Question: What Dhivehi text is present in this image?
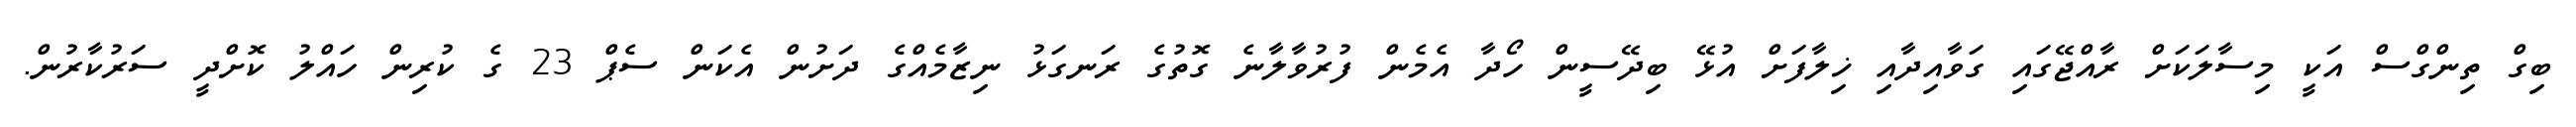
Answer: ބިގް ތިންގްސް އަކީ މިސާލަކަށް ރާއްޖޭގައި ގަވާއިދާއި ޚިލާފަށް އުޅޭ ބިދޭސީން ހޯދާ އެމެން ފުރުވާލާނެ ގޮތުގެ ރަނގަޅު ނިޒާމެއްގެ ދަށުން އެކަން ސެޕް 23 ގެ ކުރިން ހައްލު ކޮށްދީ ސަރުކާރުން.